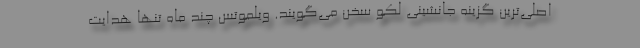
اصلی‌ترین گزینه جانشینی لکو سخن می‌گویند. ویلموتس چند ماه تنها هدایت